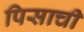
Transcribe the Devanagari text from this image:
पिसाची